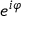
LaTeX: e ^ { i \varphi }